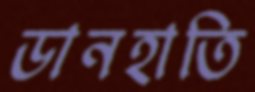
ডানহাতি